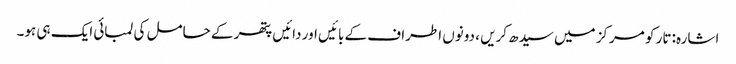
اشارہ: تار کو مرکز میں سیدھ کریں ، دونوں اطراف کے بائیں اور دائیں پتھر کے حامل کی لمبائی ایک ہی ہو۔